Punjab Mental Hospital Lahore 1922-31 - 1922-1931
Year: 1922
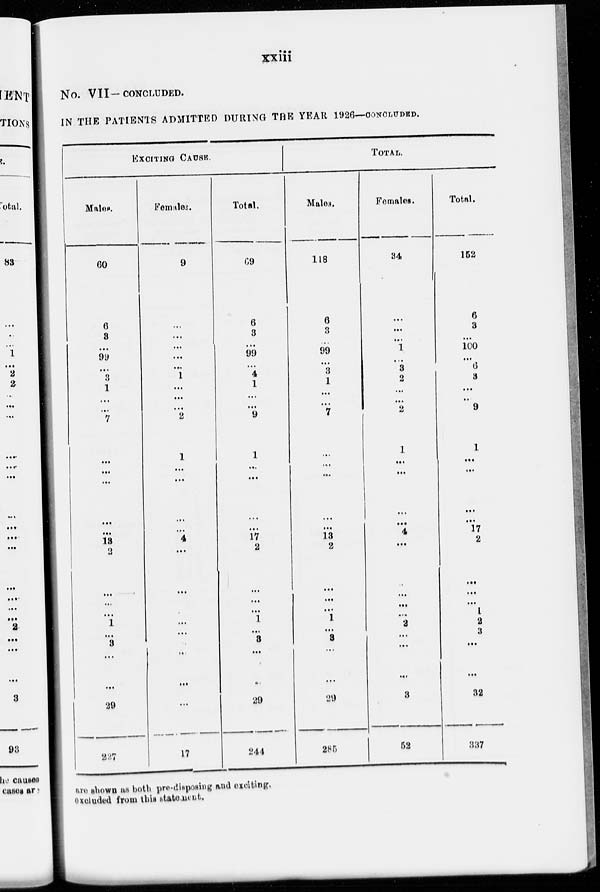
xxiii
No. VII—CONCLUDED.
IN THE PATIENTS ADMITTED DURING THE YEAR 1926—CONCLUDED.
EXCITING CAUSE.
Males.
60
6
3
...
99
...
3
1
...
...
7
...
...
...
...
...
18
2
...
...
...
1
...
3
...
...
29
227
Females.
9
...
...
...
...
...
1
...
...
...
2
1
...
...
...
...
4
...
...
...
...
...
...
...
...
...
...
17
Total.
69
6
3
...
99
...
4
1
...
...
9
1
...
...
...
...
17
2
...
...
...
1
...
3
...
...
29
244
TOTAL.
Males.
118
6
3
...
99
...
3
1
...
...
7
...
...
...
...
...
13
2
...
...
1
...
3
...
...
29
285
Females.
84
...
...
...
1
...
3
2
...
...
2
1
...
...
...
...
4
...
...
...
...
...
2
...
...
...
3
52
Total.
162
6
3
...
100
...
6
3
...
...
9
1
...
...
...
...
17
2
...
...
...
1
2
3
...
...
32
337
are shown as both pre-disposing and exciting.
excluded from this statement.